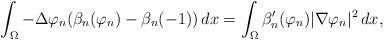
LaTeX: \begin{align*}\int_{\Omega} - \Delta \varphi_{n} (\beta_{n}(\varphi_{n}) - \beta_{n}(-1)) \, dx = \int_{\Omega} \beta_{n}'(\varphi_{n}) |\nabla \varphi_{n}|^{2} \, dx,\end{align*}